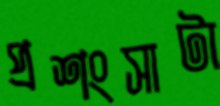
প্রশংসাটা